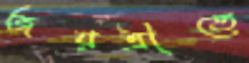
জয়ত্রীতে